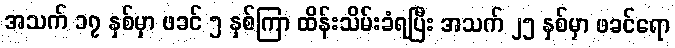
အသက် ၁၇ နှစ်မှာ ဖခင် ၅ နှစ်ကြာ ထိန်းသိမ်းခံရပြီး အသက် ၂၅ နှစ်မှာ ဖခင်ရော